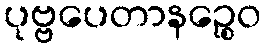
ပုဗ္ဗပေတာနဉ္စေဝ